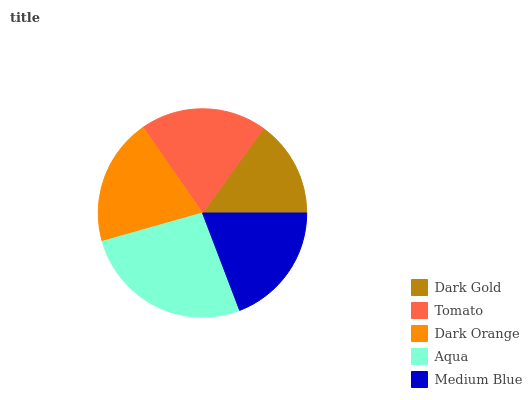
| Dark Gold | Tomato | Dark Orange | Aqua | Medium Blue |
 | --- | --- | --- | --- | --- |
 | 15% | 19.6% | 19.7% | 26.4% | 19.2% |